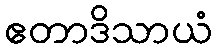
ဧတာဒိသာယံ